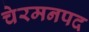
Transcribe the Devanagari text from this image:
चेरमनपद